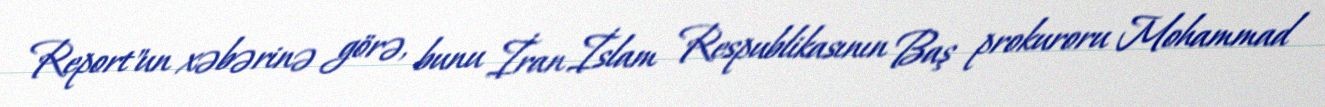
Report"un xəbərinə görə, bunu İran İslam Respublikasının Baş prokuroru Mohammad